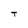
Character: T